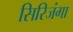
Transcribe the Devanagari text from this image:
सिरिजंगा